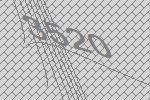
3520